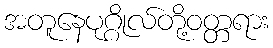
အတူနေပုဂ္ဂိုလ်တို့ဝတ္တရား